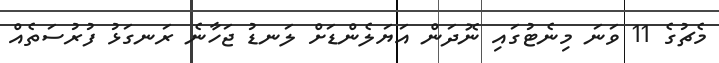
މެޗުގެ 11 ވަނަ މިނެޓުގައި ނޮދަން އަޔަލެންޑަށް ލަނޑު ޖަހާނެ ރަނގަޅު ފުރުސަތެއް